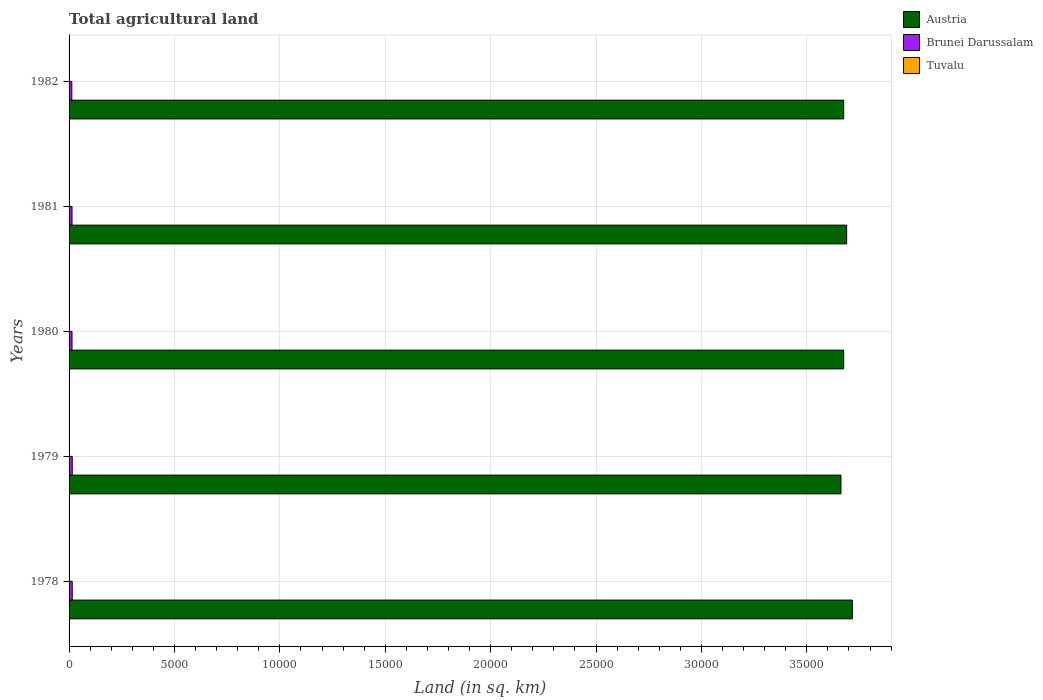
| Years | Austria | Brunei Darussalam | Tuvalu |
 | --- | --- | --- | --- |
 | 1978 | 3.72e+04 | 150 | 20 |
 | 1979 | 3.66e+04 | 150 | 20 |
 | 1980 | 3.68e+04 | 140 | 20 |
 | 1981 | 3.69e+04 | 140 | 20 |
 | 1982 | 3.68e+04 | 130 | 20 |